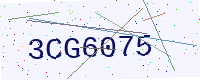
Text: 3CG6075